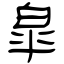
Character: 皐